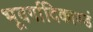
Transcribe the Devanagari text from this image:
भूवर्गादिकाण्डं